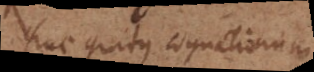
huc gradus cognationum.